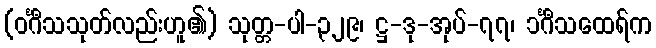
(ဝင်္ဂီသသုတ်လည်းဟူ၏) သုတ္တ-ပါ-၃၂၉၊ ဋ္ဌ-ဒု-အုပ်-၇၇၊ ၁င်္ဂီသထေရ်က